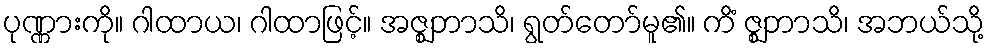
ပုဏ္ဏားကို။ ဂါထာယ၊ ဂါထာဖြင့်။ အဇ္ဈဘာသိ၊ ရွတ်တော်မူ၏။ ကိံ ဇ္ဈဘာသိ၊ အဘယ်သို့